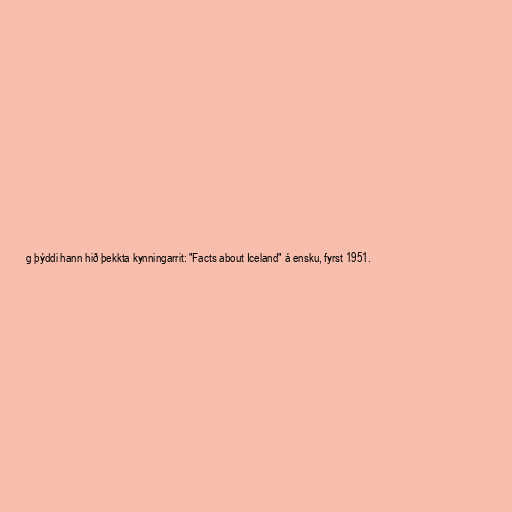
g þýddi hann hið þekkta kynningarrit: "Facts about Iceland" á ensku, fyrst 1951.